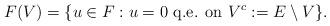
LaTeX: \begin{align*}F(V)=\{u\in F: u=0\mbox{ q.e. on }V^c:=E\setminus V\}.\end{align*}